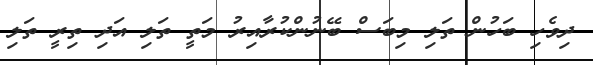
ދިވެހި ބަހުން ތަލި މިބަސް ބޭނުންކުރާއިރު މަތީ ތަލި އަދި ތިރީ ތަލި